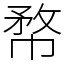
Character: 㡔